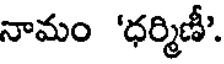
నామం 'ధర్మిణీ'.